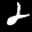
Label: 2